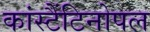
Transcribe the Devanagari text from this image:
कांस्टैंटिनोपल